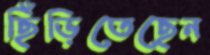
ছিঁড়িতেছেন